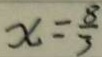
x = \frac { 8 } { 3 }